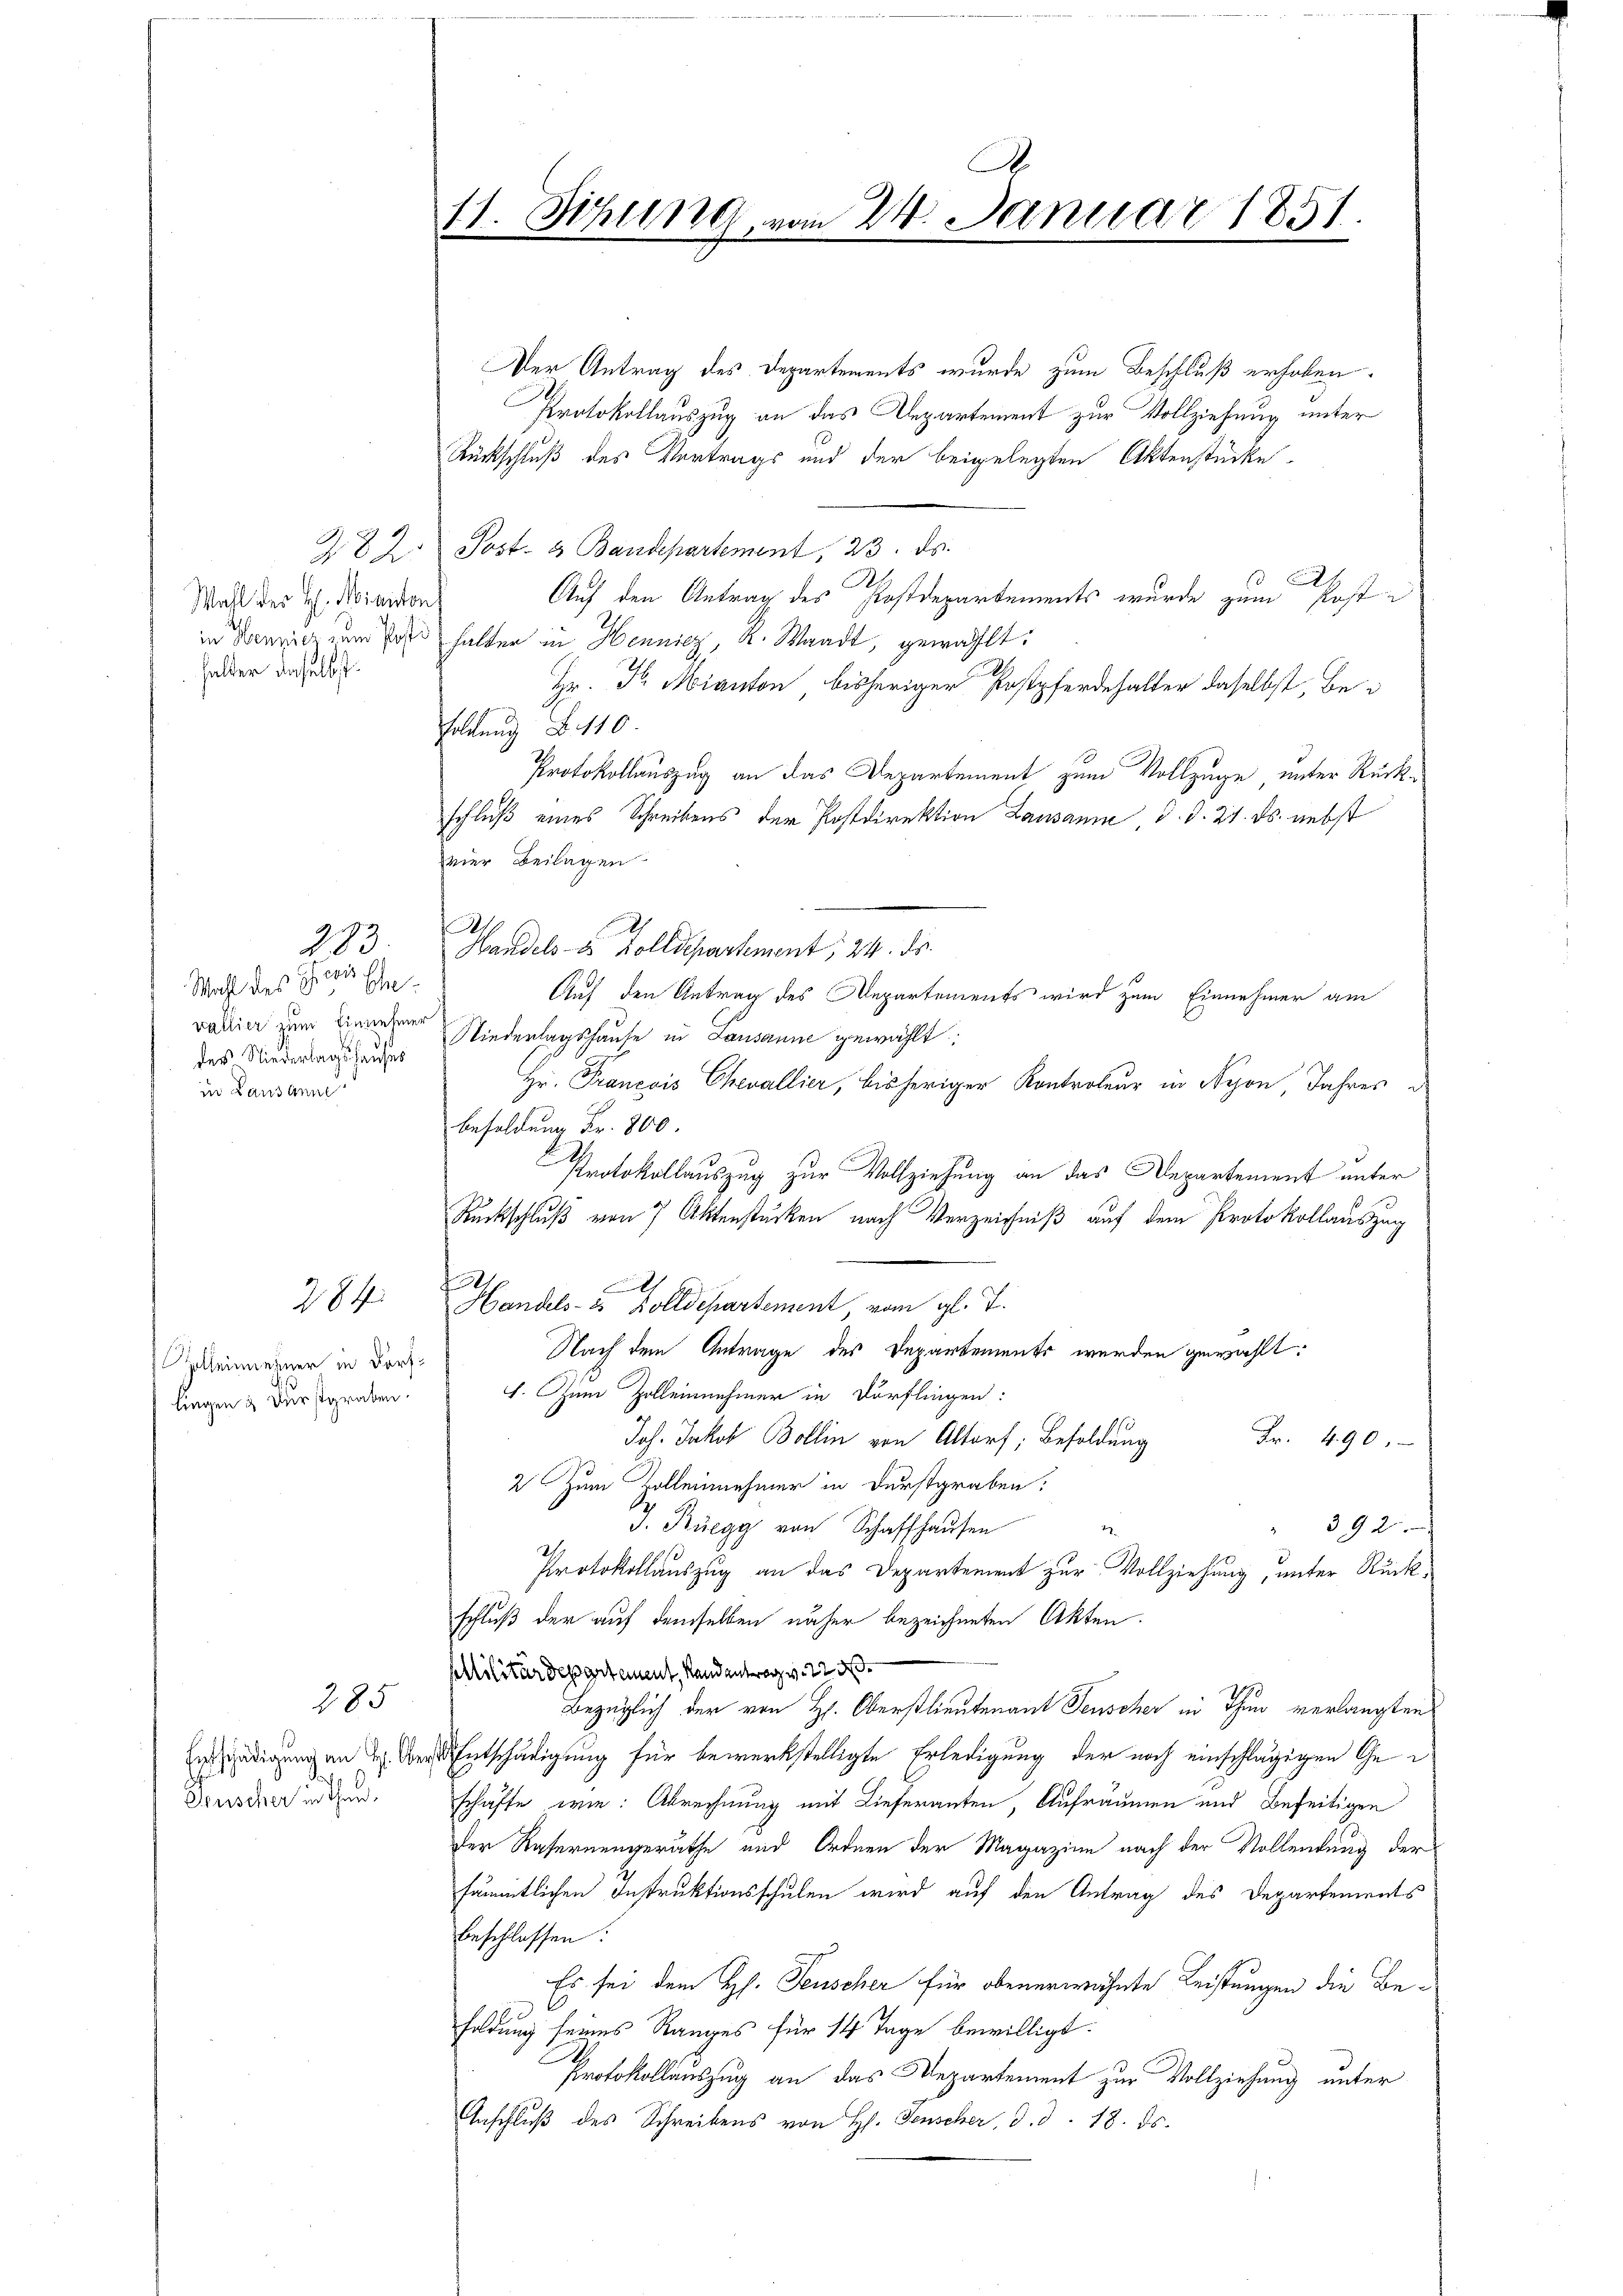
282
Wahl der H. Ministen
in Hennicz zum Posti
halter daselbst.

3
Wahl des Herr Ehe
vallier zum Einnehmer
des Niederlagshauses
in Lausanne

283

Zolleinnehmer in Dorflingen & Durstgraben.

284

Entschädigung an H. Ober¬
Peuscher röthen.

285

A.
11. Sihlen vom 24. Januar 1851

Der Antrag des Departements wurde zum Beschluß erhoben.
Protokollauszug an das Departement zur Vollziehung unter
Rückschluß des Vertrags und der beigelegten Aktenstücke,
Post- & Baudepartement, 23. ds.
I.
2
Auf den Antrag des Postdepartements wurde zum Posthalter in Hennicz, A. Waadt, gewählt:
Hr. Dr. Mianton bisheriger Postpferdehalter daselbst Be¬
Foldung B 110
Protokollauszug an das Departement zum Vollzüge unter Rückschluß eines Schreibens der Postdirektion Lausanne d. d. 21. ds. nebst
vier Beilagen
2
Handels- & Zolldepartement, 24. ds.
Auf den Antrag des Repartements wird zum Einnehmer am
Niederlagshause in Lausanne gewählt:
Hr. Francois Chevallier, bisheriger Kontroleur in Nyon Jahres d
Besoldung Fr. 800
Protokollauszug zur Vollziehung an das Departement unter
Rückschluß von 7 Aktenstücken nach Verzeichniß auf dem Protokollauszug
n
.
Handels- & Zolldepartement, vom gl. J.
Nach dem Antrage des Departements werden gewählt:
f. Zum Zolleinehmer in Dorflingen:
Joh. Jakob Bolli von Altorf, Besoldung Fr. 490.
2. Zum Zolleinehmer in Durstgraben:
J. Rüegg von Schaffhausen
392
1
Protokollauszug an das Departement zur Vollziehung, unter Rückschluß der auf demselben näher bezeichneten Akten.
stilitärdepartement, Landentrag v. 22 d
Bezüglich der von H. Oberstlieutenant Fenscher in Thun verlangten
Entschädigung für bewerkstelligte Erledigung der noch einschlägigen Geschäffe wie: Abrechnung mit Lieferanten, Aufräumen und Beseitigen
Der Refernengeräthe und Ordnen der Magazine nach der Vollendung der
sämmtlichen Instruktionsschulen wird auf den Antrag des Departements
beschlossen:
Es sei dem Hs. Feuscher für obenerwähnte Leistungen die Befoldung seines Ranges für 14 Tage bewilligt.
Protokollauszug an das Departement zur Vollziehung unter
Anschluß des Schreibens von H. Fenscher, d. d. 18. ds.

A